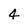
Character: 4